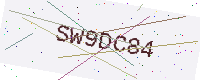
Text: SW9DC84